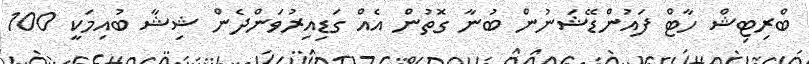
ބްރިޓިޝް ހާޓް ފައުންޑޭޝަނުން ބުނާ ގޮތުން އެއް ގަޑިއިރުވަންދެން ޝިޝާ ބުއިމަކީ 100